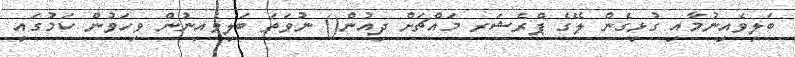
ބަލިވެއިނުމާއި ގުޅިގެން ލޭގެ ޕްރެޝަރ މައްޗަށް ދިއުން() ނުވަތަ ބަލިވެއިނުން ވިހަވުން ކަމުގައި